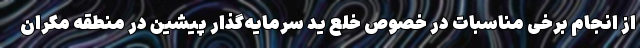
از انجام برخی مناسبات در خصوص خلع ید سرمایه‌گذار پیشین در منطقه مکران